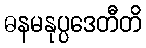
ဓနမနုပ္ပဒေတီတိ